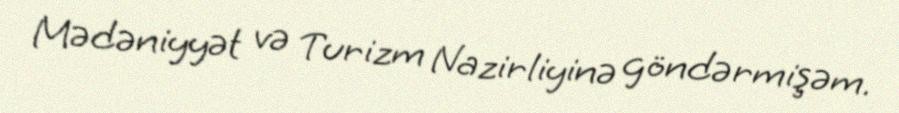
Mədəniyyət və Turizm Nazirliyinə göndərmişəm.